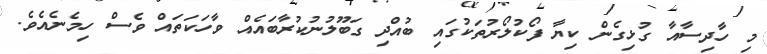
މި ހާދިސާއާ ގުޅިގެން ކިޔާ ފޯކުލޯރުތަކުގައި ބުއްދި ގަބޫލުނުކުރާބައެއް ވާހަކަތައް ވެސް ހިމެނެއެވެ.